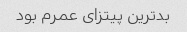
بدترین پیتزای عمرم بود